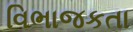
વિભાજકતા